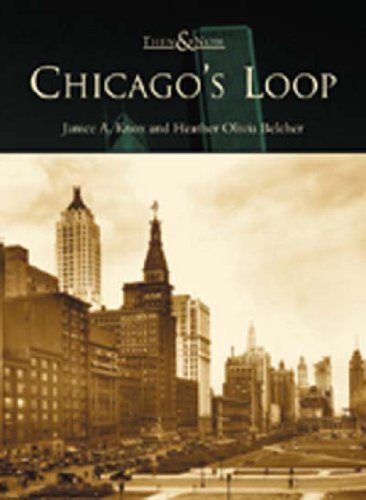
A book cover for Chicago's Loop (IL)  (Then & Now); Janice A. Knox; Travel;